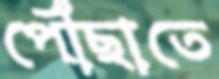
পৌঁছাতে